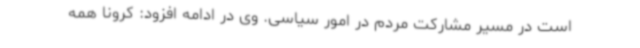
است در مسیر مشارکت مردم در امور سیاسی. وی در ادامه افزود: کرونا همه